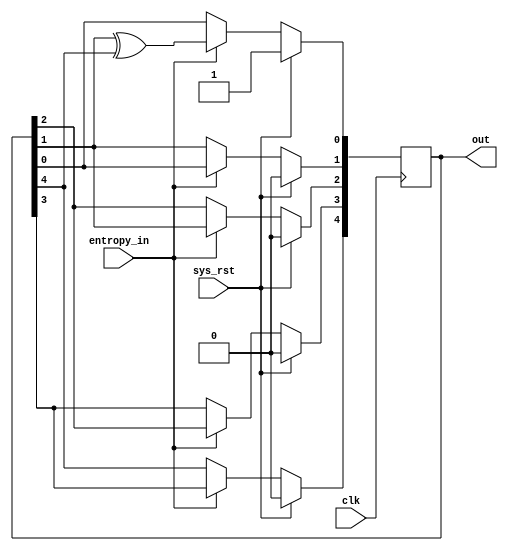
module rng (
    input wire entropy_in,
    output reg [4:0] out,
    input wire clk,
    input wire sys_rst
);

always @(posedge clk) begin
    if (sys_rst) begin
        out <= 1;
    end
    else if (entropy_in) begin
        out[0] <= out[1] ^ out[4];
        out[1] <= out[0];
        out[2] <= out[1];
        out[3] <= out[2];
        out[4] <= out[3];
    end
end

endmodule